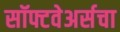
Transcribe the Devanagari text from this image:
सॉफ्टवेअर्सचा